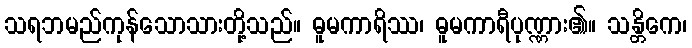
သရဘမည်ကုန်သောသားတို့သည်။ ဓူမကာရိဿ၊ ဓူမကာရီပုဏ္ဏား၏။ သန္တိကေ၊